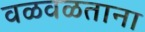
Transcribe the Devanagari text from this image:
वळवळताना